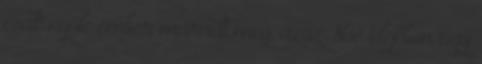
csak nyolc ember maradt meg, azaz Noé idejében Egy